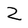
Character: Z